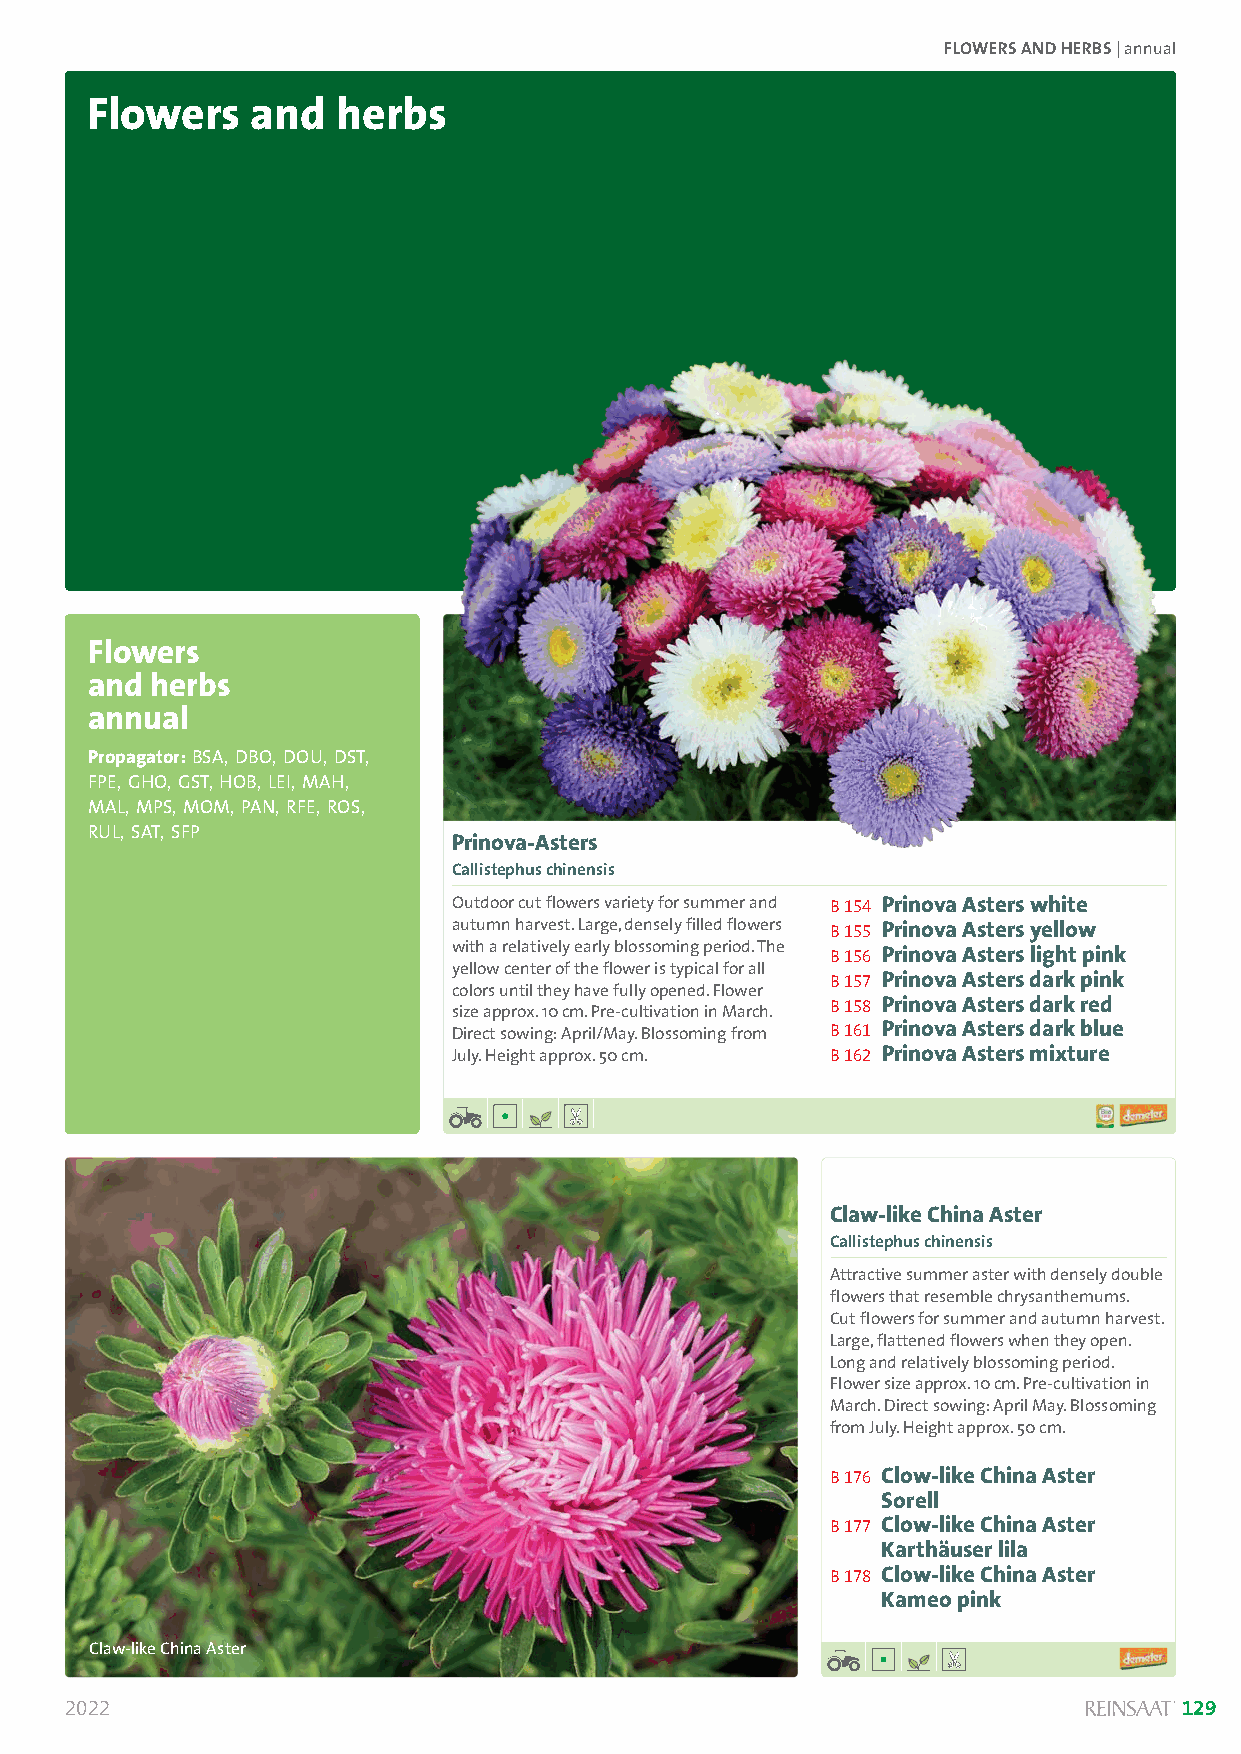
FLOWERS AND HERBS | annual
 Flowers    and  herbs
 Flowers
 and herbs
 annual
 PropagatSoorl:anBuSmA ,l yDcoBpOe,r sDicOuUm, DST,
 FPE, GHO, GST, HOB, LEI, MAH,
 MAL, MPS, MOM, PAN, RFE, ROS,
 RUL, SAT, SFP
 Prinova-Asters
 Callistephus chinensis
 Outdoor cut flowers variety for summer and B 154 Prinova Asters white
 autumn harvest. Large, densely filled flowers B 155 Prinova Asters yellow
 with a relatively early blossoming period. The B 156 Prinova Asters light pink
 yellow center of the flower is typical for all
 B 157 Prinova Asters dark pink
 colors until they have fully opened. Flower
 size approx. 10 cm. Pre-cultivation in March. B 158 Prinova Asters dark red
 Direct sowing: April/May. Blossoming from B 161 Prinova Asters dark blue
 July. Height approx. 50 cm. B 162 Prinova Asters mixture
 Claw-like China Aster
 Callistephus chinensis
 Attractive summer aster with densely double
 flowers that resemble chrysanthemums.
 Cut flowers for summer and autumn harvest.
 Large, flattened flowers when they open.
 Long and relatively blossoming period.
 Flower size approx. 10 cm. Pre-cultivation in
 March. Direct sowing: April May. Blossoming
 from July. Height approx. 50 cm.
 B 176 Clow-like China Aster
 Sorell
 B 177 Clow-like China Aster
 Karthäuser lila
 B 178 Clow-like China Aster
 Kameo pink
 Claw-like China Aster
 2022                                                                      129